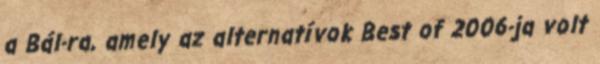
a Bál-ra, amely az alternatívok Best of 2006-ja volt